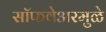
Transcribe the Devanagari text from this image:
सॉफवेअरमुळे